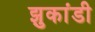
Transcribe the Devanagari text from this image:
झुकांडी